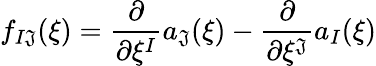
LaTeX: f_{I\mathfrak{J}}(\xi)=\frac{{\partial}}{{\partial\xi^{I}}}a_{\mathfrak{J}}(\xi)-\frac{{\partial}}{{\partial\xi^{\mathfrak{J}}}}a_{I}(\xi)